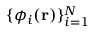
\{ \phi _ { i } ( { \bf r } ) \} _ { i = 1 } ^ { N }